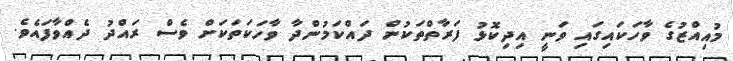
މުއިއްޒުގެ ވާހަކައިގައި ވަނީ އިދިކޮޅު ފަރާތްތަކުން ދައްކަމުންދާ ވާހަކަތަކަށް ވެސް ރައްދު ދެއްވާފައެވެ.